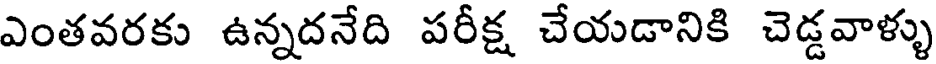
ఎంతవరకు ఉన్నదనేది పరీక్ష చేయడానికి చెడ్డవాళ్ళు